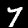
Digit: 7